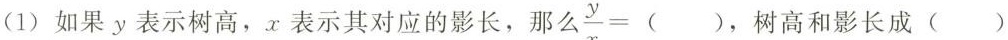
(1)如果y表示树高，x表示其对应的影长，那么 $$\frac { y } { x } = ( )$$，树高和影长成( )